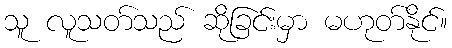
သူ လူသတ်သည် ဆိုခြင်းမှာ မဟုတ်နိုင်။